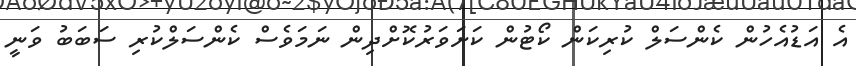
އެ އަޑުއެހުން ކެންސަލް ކުރިކަން ކޯޓުން ކަށަވަރުކޮށްދިން ނަމަވެސް ކެންސަލްކުރި ސަބަބު ވަނީ